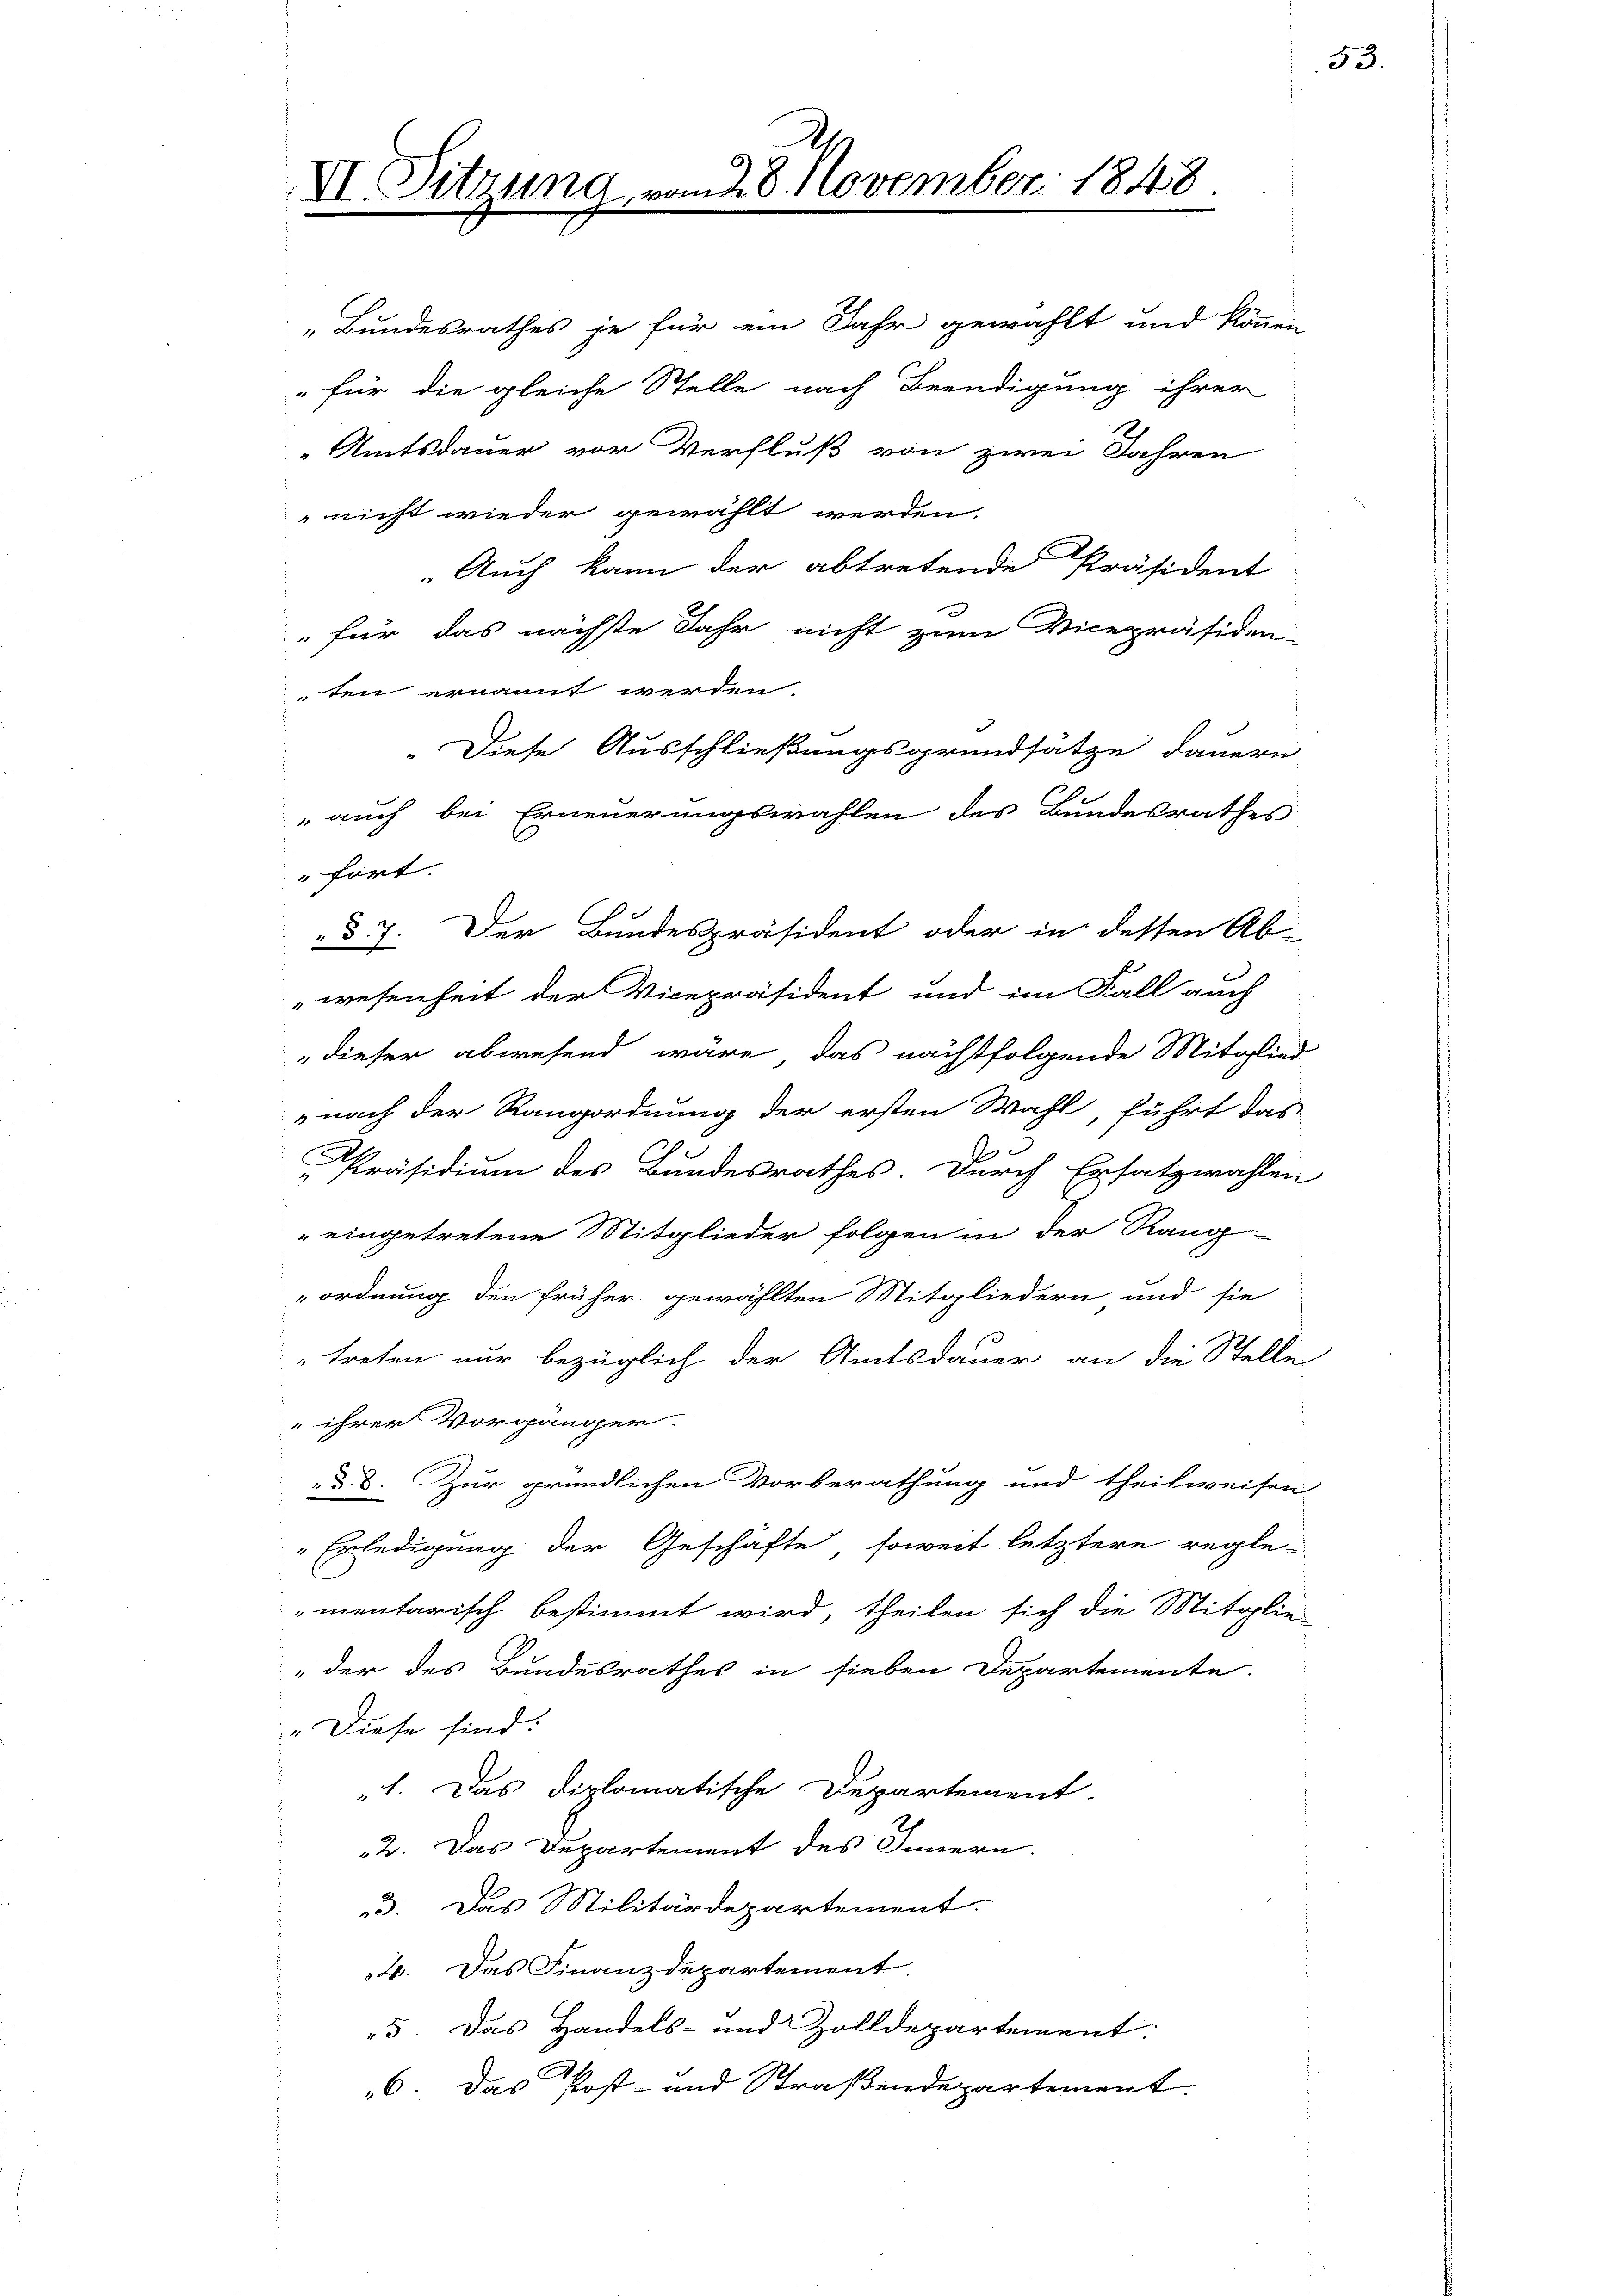
VI. Sitzung vom 28. November 1848.

„Bundesrathes je für ein Jahr gewählt und können
für die gleiche Stelle nach Beendigung ihrer
Amtsdauer vor Verfluß von zwei Jahren
nicht wieder gewählt werden.
Auch kann der abtretende Präsident
" für das nächste Jahr nicht zum Vicepräsiden-
ten ernannt werden.
Diese Ausschließungsgrundsätze dauern
auch bei Erneuerungswahlen des Bundesrathes
" hört.
§ 7. Der Bundespräsident oder in dessen Ab-
wesenheit der Vicepräsident und im Fall auch
dieser abwesend wäre, das nächstfolgende Mitglied
nach der Rangordnung der ersten Wahl, führt das
e
A.
Präsidium des Bundesrathes. Durch Ersatzwahlen
" eingetretene Mitglieder folgen in der Rang-
ordnung den früher gewählten Mitgliedern und sie
treten nur bezüglich der Amtsdauer an die Stelle
„ihrer Vorgänger.
d. d. Zur gründlichen Vorberathung und theilweisen
Erledigung der Geschäfte, soweit letztere regle-
mentarisch bestimmt wird, theilen sich die Mitglie-
"der des Bundesrathes in sieben Departemente.
„Diese sind:
„1. Das diplomatische Departement
2. Das Departement des Innern.
3. Das Militärdepartement.
2. Das Finanzdepartement
5. Das Handels- und Zolldepartement.
.
6. Das Post- und Straßendepartement

53.